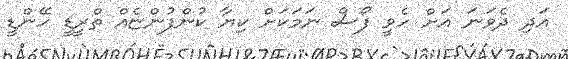
އަދި ދެވަނަ އަށް ހެވީ ފޯސް ނަމަކަށް ކިޔާ ކުންފުންޏެއް ތްރީޑީ ހޭންޑީ